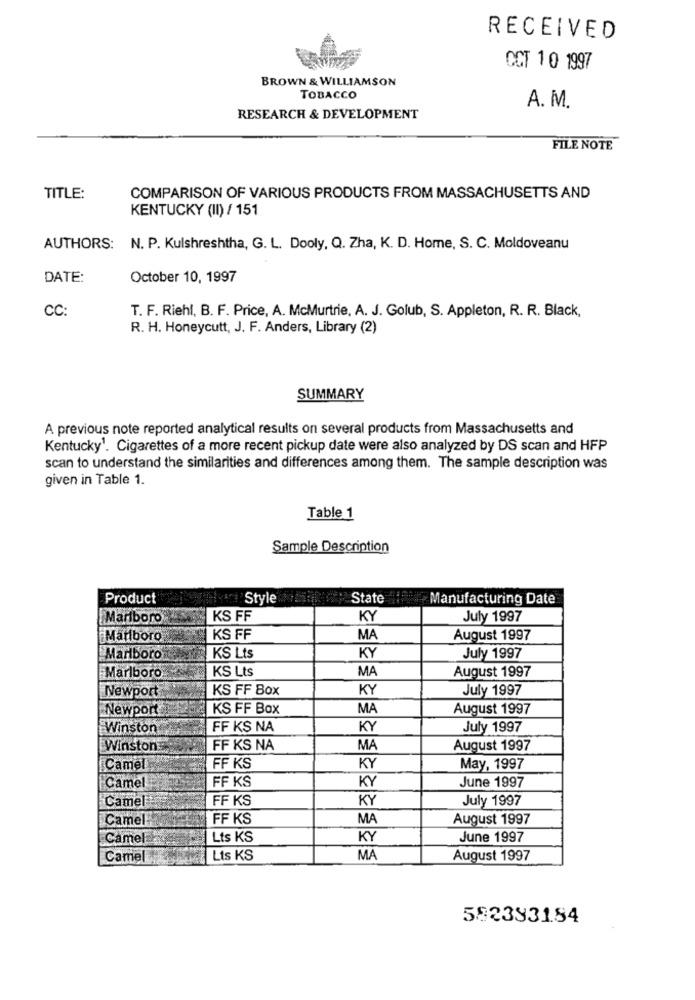
RECEIVED
OCT 1 0 1997
BROWN & WILLIAMSON
TOBACCO
A. M.
RESEARCH & DEVELOPMENT
FILE NOTE
TITLE:
COMPARISON OF VARIOUS PRODUCTS FROM MASSACHUSETTS AND
KENTUCKY (II) / 151
AUTHORS: N. P. Kulshreshtha, G. L. Dooly, Q. Zha, K. D. Home, S. C. Moldoveanu
DATE:
October 10, 1997
CC:
T. F. Riehl, B. F. Price, A. McMurtrie, A. J. Golub, S. Appleton, R. R. Black,
R. H. Honeycutt, J. F. Anders, Library (2)
SUMMARY
A previous note reported analytical results on several products from Massachusetts and
Kentucky1. Cigarettes of a more recent pickup date were also analyzed by DS scan and HFP
scan to understand the similarities and differences among them. The sample description was
given in Table 1.
Table 1
Sample Description
Product
Style
State
Manufacturing Date
Marlboro
KS FF
KY
July 1997
Marlboro
KS FF
MA
August 1997
Marlboro
KS Lts
KY
July 1997
KS Lts
MA
August 1997
Marlboro
Newport
KS FF Box
KY
July 1997
Newport
KS FF Box
MA
August 1997
Winston
FF KS NA
KY
July 1997
Winston
FF KS NA
MA
August 1997
Camel
FF KS
KY
May, 1997
KY
June 1997
Camel
FF KS
Camel
FF KS
KY
July 1997
Camel
FF KS
MA
August 1997
Camel
Lts KS
KY
June 1997
Camel
Lis KS
MA
August 1997
582393184